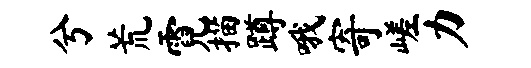
兮荒霓描蹲哦寄嵯力